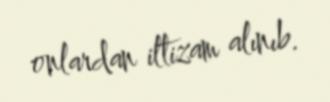
onlardan iltizam alınıb.